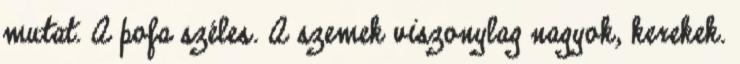
mutat. A pofa széles. A szemek viszonylag nagyok, kerekek.